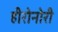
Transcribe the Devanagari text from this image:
हीरोनोरी